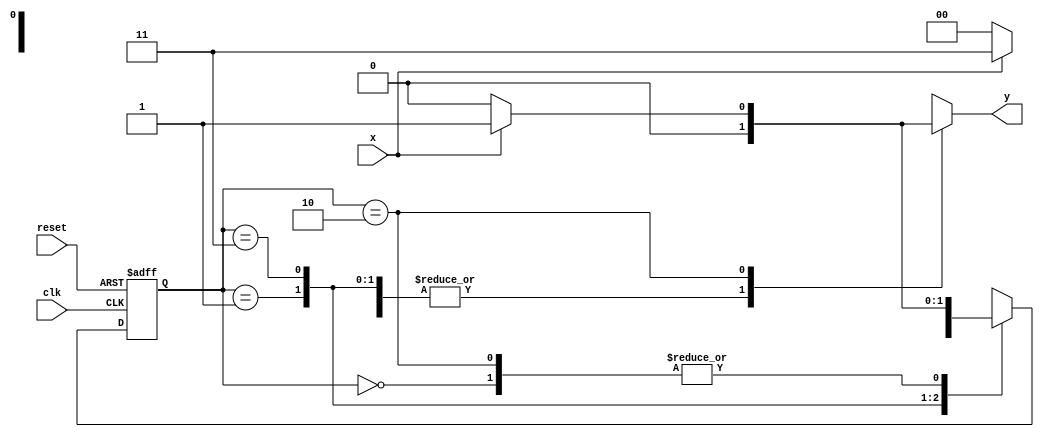
//ARQ1 - Guia07 - Eduardo Botelho de Andrade

`define found    1
`define notfound 0

module mealy (y,x,clk,reset);
 output y;
 input x;
 input clk;
 input reset;

 reg y;
 
 parameter
  start = 2'b00,
  id1   = 2'b01,
  id11  = 2'b11,
  id110 = 2'b10;

  reg [1:0] E1; //current state variables
  reg [1:0] E2; //next state logic output

 always @ (x or E1)
  begin
   y = `notfound;
   case (E1)
    start:
     if (x)
      E2 = id1;
     else
      E2 = start;
    id1:
     if (x)
      E2 = id11;
     else
      E2 = start;
    id11:
     if (x)
      E2 = id11;
     else
      E2 = id110;
    id110:
     if (x)
      begin
       E2 = id1;
       y = `found;
      end
     else
      begin
       E2 = start;
       y = `notfound;
      end
     default:
      E2 = 2'bxx;
    endcase
   end
   
   always @(posedge clk or negedge reset)
    begin
     if (reset)
      E1 = E2;
     else
      E1 = 0;
    end
endmodule